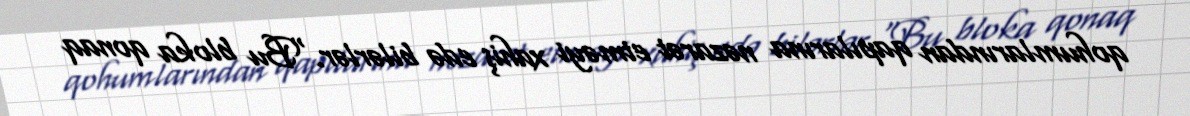
qohumlarından qapılarına nəzarət etməyi xahiş edə bilərlər.“Bu bloka qonaq